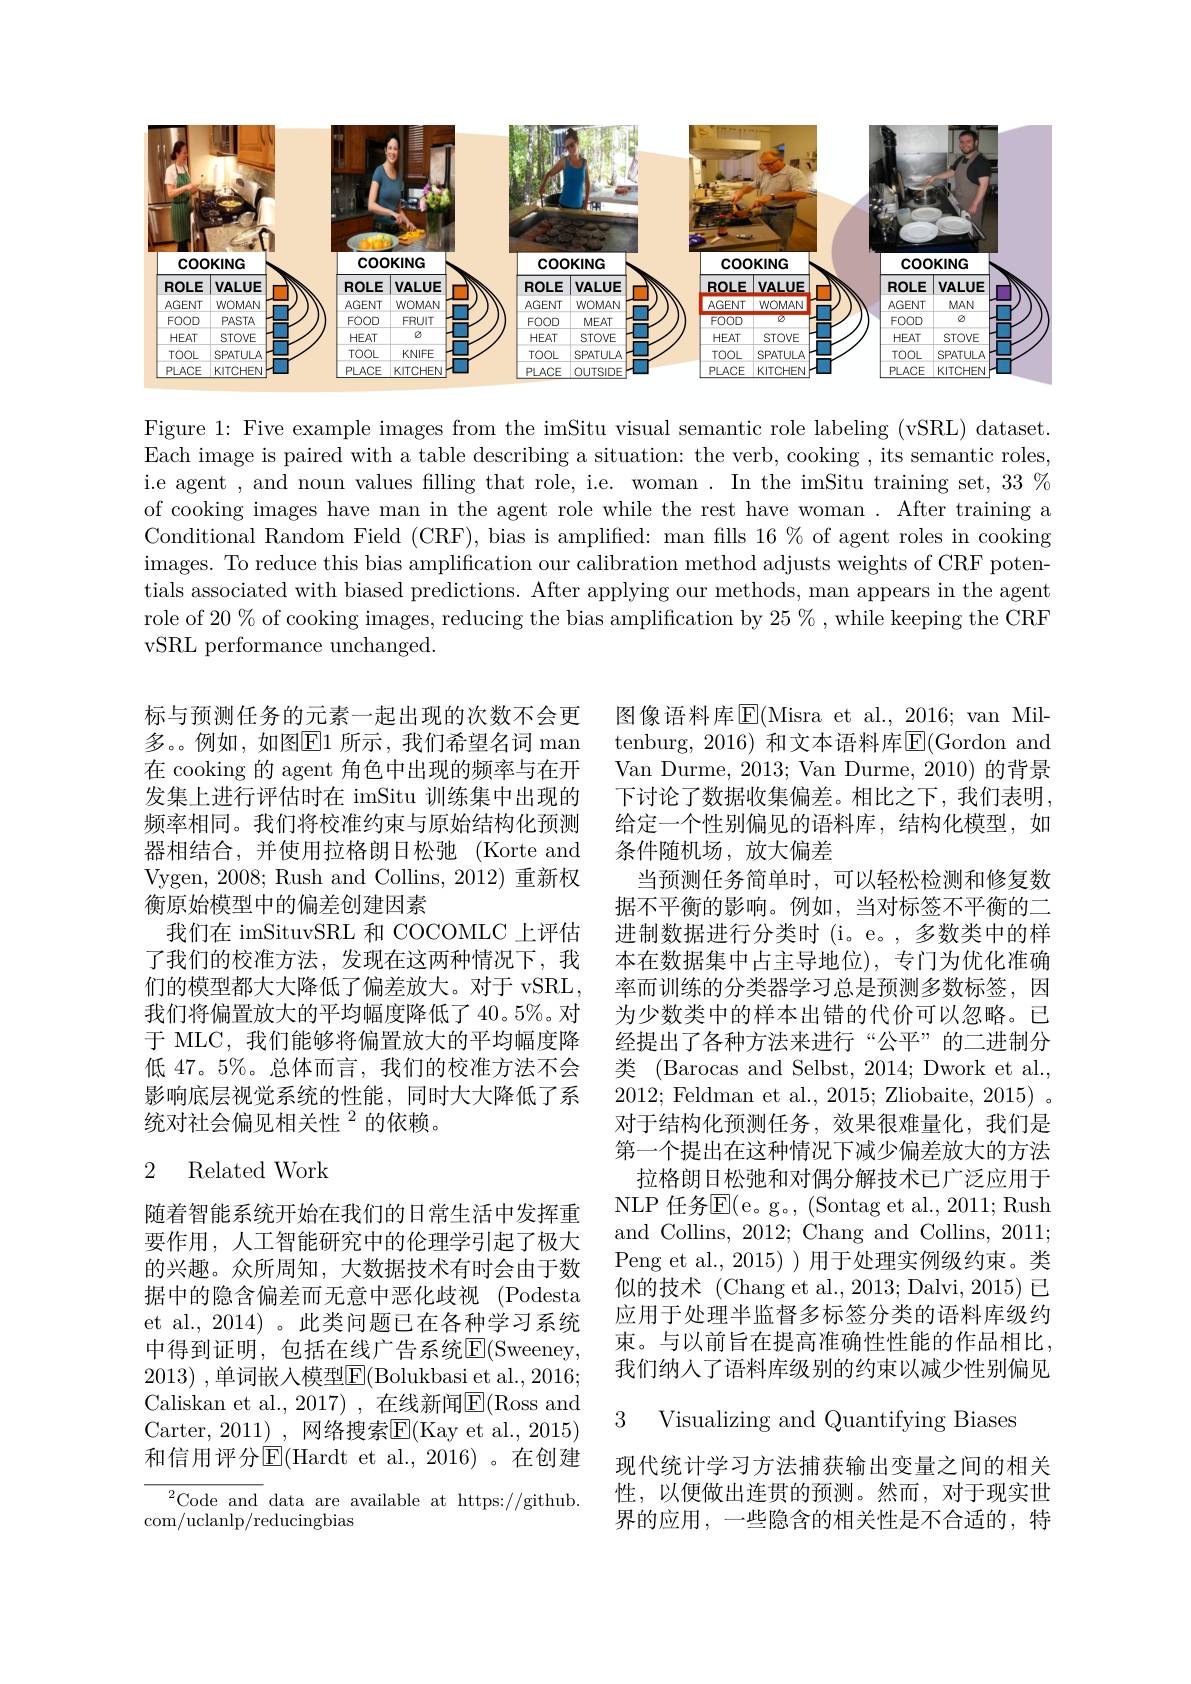
<FigureHere>

Figure 1: Five example images from the imSitu visual semantic role labeling (vSRL) dataset. Each image is paired with a table describing a situation: the verb, cooking , its semantic roles, i.e agent , and noun values filling that role, i.e. woman . In the imSitu training set, 33 % of cooking images have man in the agent role while the rest have woman . After training a Conditional Random Field (CRF), bias is amplified: man fills 16% of agent roles in cooking images. To reduce this bias amplification our calibration method adjusts weights of CRF potentials associated with biased predictions. After applying our methods, man appears in the agent role of 20% of cooking images, reducing the bias amplification by $25\%$,while keeping the CRF vSRL performance unchanged.

标与预测任务的元素一起出现的次数不会更多。。例如，如图$\boxed{\mathrm{E}}1$ 所示，我们希望名词 man 在 cooking 的 agent 角色中出现的频率与在开发集上进行评估时在 imSitu 训练集中出现的频率相同。我们将校准约束与原始结构化预测器相结合，并使用拉格朗日松弛(Korte and Vygen, 2008; Rush and Collins, 2012) 重新权衡原始模型中的偏差创建因素
我们在 imSituvSRL 和 COCOMLC 上评估了我们的校准方法，发现在这两种情况下，我们的模型都大大降低了偏差放大。对于 vSRL, 我们将偏置放大的平均幅度降低了 40。5%。对于 MLC, 我们能够将偏置放大的平均幅度降低 47。5%。总体而言，我们的校准方法不会影响底层视觉系统的性能，同时大大降低了系统对社会偏见相关性$^{2}$的依赖。

图像语料库$\operatorname{E}($Misra et al., 2016; van Miltenburg, 2016) 和文本语料库$\boxed{\mathrm{E}}($Gordon and Van Durme, 2013; Van Durme, 2010) 的背景下讨论了数据收集偏差。相比之下，我们表明， 给定一个性别偏见的语料库，结构化模型，如条件随机场，放大偏差
当预测任务简单时，可以轻松检测和修复数据不平衡的影响。例如，当对标签不平衡的二进制数据进行分类时 (i。e。, 多数类中的样本在数据集中占主导地位),专门为优化准确率而训练的分类器学习总是预测多数标签，因为少数类中的样本出错的代价可以忽略。已经提出了各种方法来进行“公平”的二进制分类 (Barocas and Selbst, 2014; Dwork et al., 2012; Feldman et al., 2015; Zliobaite, 2015) 。对于结构化预测任务，效果很难量化，我们是第一个提出在这种情况下减少偏差放大的方法
拉格朗日松弛和对偶分解技术已广泛应用于NLP 任 务 $\overline {E}$( e。g。, ( Sontag et al. , 2011; Rush) and Collins, 2012; Chang and Collins, 2011; Peng et al., 2015) ) 用于处理实例级约束。类似的技术 (Chang et al., 2013; Dalvi, 2015) 已应用于处理半监督多标签分类的语料库级约束。与以前旨在提高准确性性能的作品相比我们纳人了语料库级别的约束以减少性别偏见

### 2 Related Work

随着智能系统开始在我们的日常生活中发挥重要作用，人工智能研究中的伦理学引起了极大的兴趣。众所周知，大数据技术有时会由于数据中的隐含偏差而无意中恶化歧视(Podesta et al., 2014) 。此类问题已在各种学习系统中得到证明，包括在线广告系统E(Sweeney, 2013) ,单词嵌入模型$\overline{\mathrm{E}}($Bolukbasi et al.,2016; Caliskan et al., 2017) , 在线新闻$\overline{\mathrm{E}}($Ross and Carter, 2011) , 网络搜索$\overline{\mathrm{E}}($Kay et al., 2015) 和信用评分$\operatorname{E}($Hardt et al.,2016)。在创建
$^{2}$Code and data are available at https://github.

3 Visualizing and Quantifying Biases

现代统计学习方法捕获输出变量之间的相关性，以便做出连贯的预测。然而，对于现实世界的应用，一些隐含的相关性是不合适的，特

com/uclanlp/reducingbias